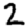
Digit: 2